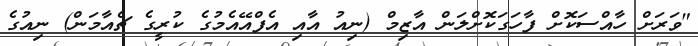
"ވަރަށް ހާއްސަކޮށް ފާހަގަކޮށްލަން އާޒިމް (ނިއު އާއި އެފްއޭއެމުގެ ކުރީގެ ޗެއާމަން) ނިއުގެ